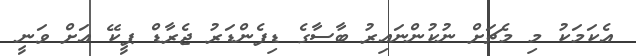
އެކަމަކު މި މެޗަށް ނުކުންނައިރު ބާސާގެ ޑިފެންޑަރު ޖެރާޑް ޕީކޭ އަށް ވަނީ